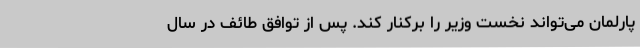
پارلمان می‌تواند نخست وزیر را برکنار کند. پس از توافق طائف در سال